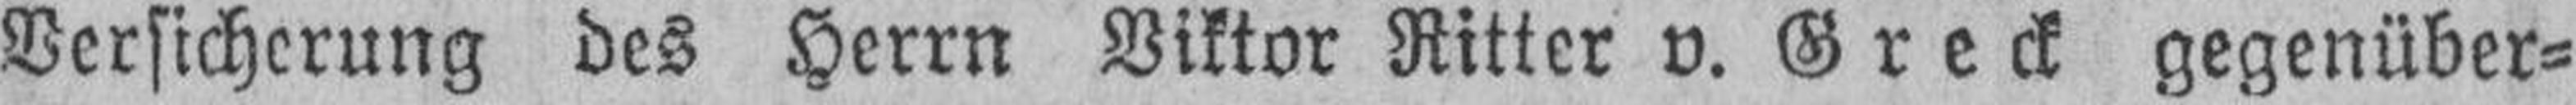
Versicherung des Herrn Viktor Ritter v. Greck gegenüber¬